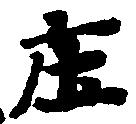
庄